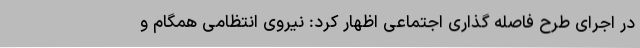
در اجرای طرح فاصله گذاری اجتماعی اظهار کرد: نیروی انتظامی همگام و